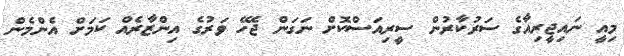
މިއީ ނައިޖީރިއާގެ ސަރުކާރުން ސީރިއަސްކޮށް ނަގަން ޖެހޭ ވަރުގެ އިންޒާރެއް ކަމަށް އެންމެން